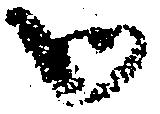
御